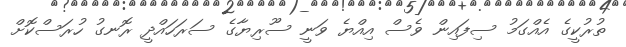
ތުރުކީގެ އެއްގަމު ސިފައިން ވެސް އިއްޔެ ވަނީ ސޫރިޔާގެ ސަރަހައްދީ ރޮނގު ހުރަސްކޮށް